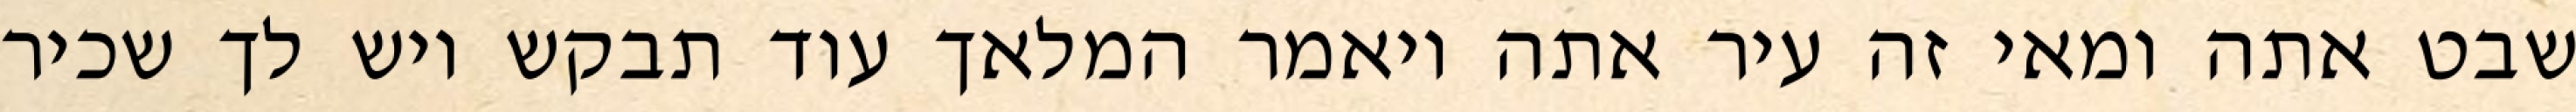
שבט אתה ומאי זה עיר אתה ויאמר המלאך עוד תבקש ויש לך שכיר